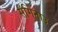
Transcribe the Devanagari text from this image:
सॅगिनाउ